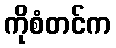
ကိုစံတင်က